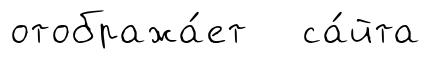
отобража́ет са́йта